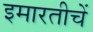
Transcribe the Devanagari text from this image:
इमारतीचें